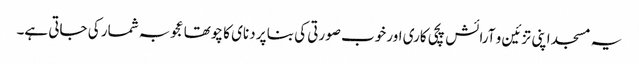
یہ مسجد اپنی تزئین و آرائش پچی کاری اور خوب صورتی کی بنا پر دنای کا چوتھا عجوبہ شمار کی جاتی ہے۔